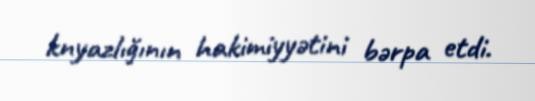
knyazlığının hakimiyyətini bərpa etdi.